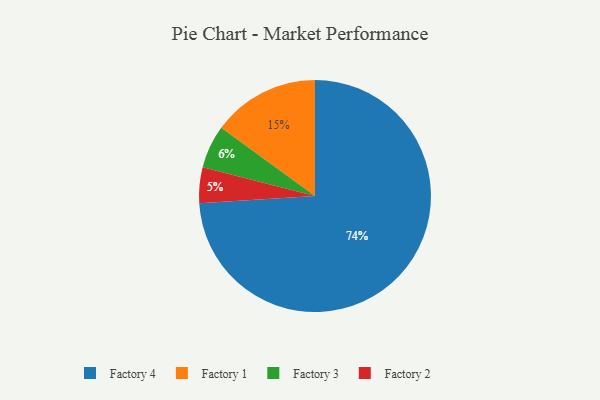
{"axis": {"x": "Category", "y": "Percentage"}, "legend": ["Factory 1", "Factory 2", "Factory 3", "Factory 4"], "data": [{"x": "Factory 1", "y": 15, "type": "Factory 1"}, {"x": "Factory 4", "y": 74, "type": "Factory 4"}, {"x": "Factory 2", "y": 5, "type": "Factory 2"}, {"x": "Factory 3", "y": 6, "type": "Factory 3"}]}